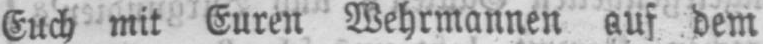
Euch mit Euren Wehrmannen auf dem